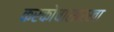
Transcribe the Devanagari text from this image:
करकोचासारखा